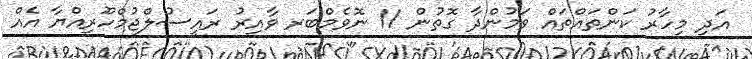
އަދި މިހާރު ކަންތައްތައް ވަމުންދާ ގޮތުން 11 ނޮވެމްބަރ ވާއިރު ރައީސުލްޖުމްހޫރިއްޔާ އެއް